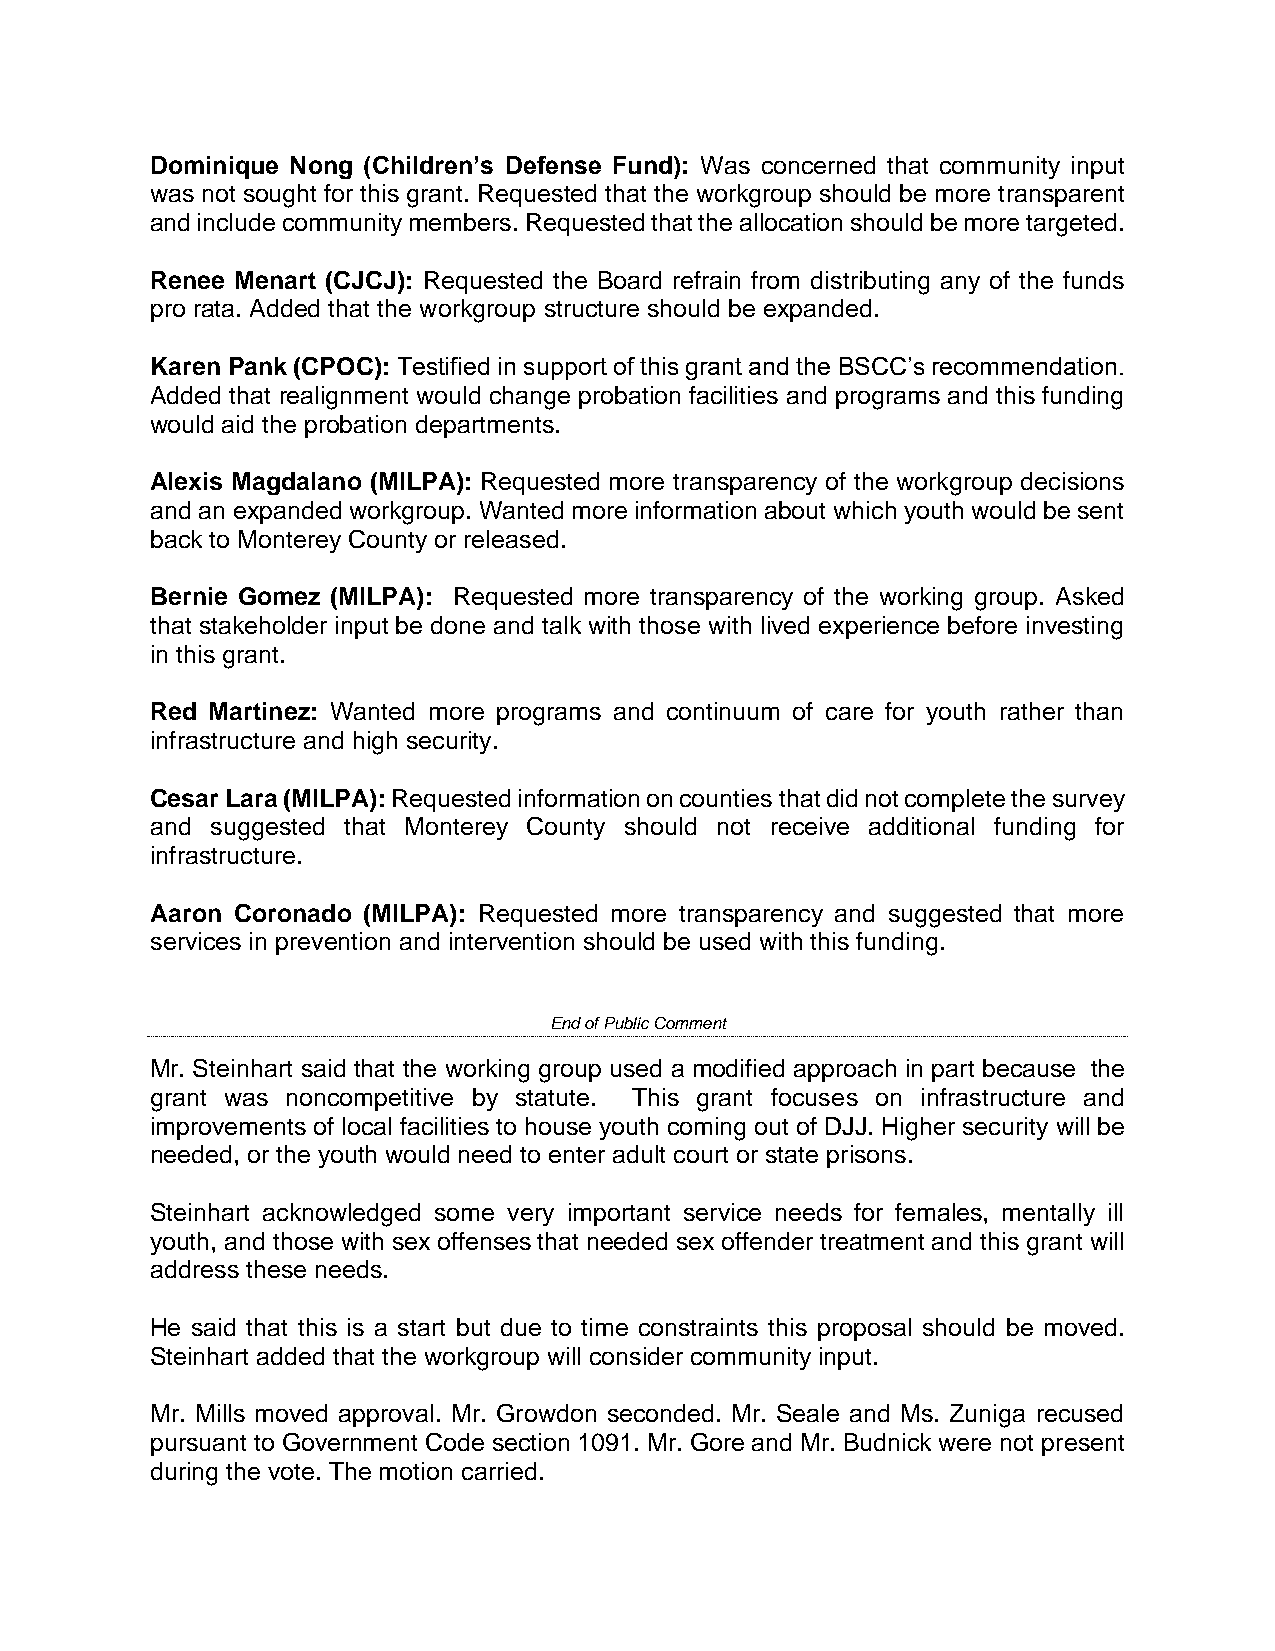
Dominique Nong (Children’s Defense Fund): Was concerned that community input
 was not sought for this grant. Requested that the workgroup should be more transparent
 and include community members. Requested that the allocation should be more targeted.
 Renee Menart (CJCJ): Requested the Board refrain from distributing any of the funds
 pro rata. Added that the workgroup structure should be expanded.
 Karen Pank (CPOC): Testified in support of this grant and the BSCC’s recommendation.
 Added that realignment would change probation facilities and programs and this funding
 would aid the probation departments.
 Alexis Magdalano (MILPA): Requested more transparency of the workgroup decisions
 and an expanded workgroup. Wanted more information about which youth would be sent
 back to Monterey County or released.
 Bernie Gomez (MILPA): Requested more transparency of the working group. Asked
 that stakeholder input be done and talk with those with lived experience before investing
 in this grant.
 Red Martinez: Wanted more programs and continuum of care for youth rather than
 infrastructure and high security.
 Cesar Lara (MILPA): Requested information on counties that did not complete the survey
 and suggested that Monterey County should not receive additional funding for
 infrastructure.
 Aaron Coronado (MILPA): Requested more transparency and suggested that more
 services in prevention and intervention should be used with this funding.
 End of Public Comment
 Mr. Steinhart said that the working group used a modified approach in part because the
 grant was noncompetitive by statute. This grant focuses on infrastructure and
 improvements of local facilities to house youth coming out of DJJ. Higher security will be
 needed, or the youth would need to enter adult court or state prisons.
 Steinhart acknowledged some very important service needs for females, mentally ill
 youth, and those with sex offenses that needed sex offender treatment and this grant will
 address these needs.
 He said that this is a start but due to time constraints this proposal should be moved.
 Steinhart added that the workgroup will consider community input.
 Mr. Mills moved approval. Mr. Growdon seconded. Mr. Seale and Ms. Zuniga recused
 pursuant to Government Code section 1091. Mr. Gore and Mr. Budnick were not present
 during the vote. The motion carried.